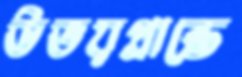
উভয়প্রান্তে